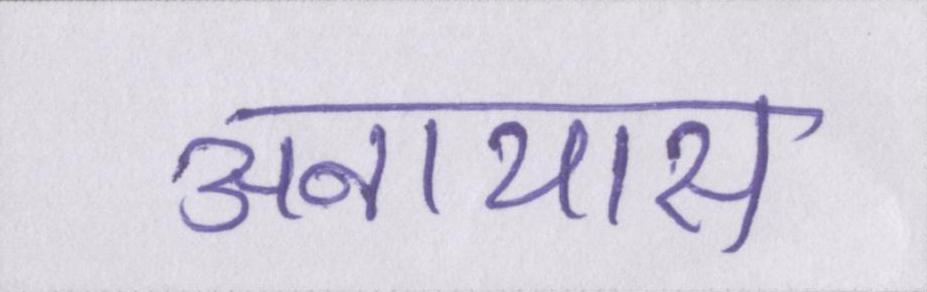
अनायास